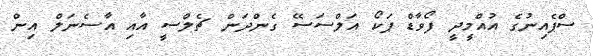
ސްޕެއިނުގެ އުއްމީދީ ފޯވާޑް ޕަކޯ އަލްސަސޭ ގެންދަން ޗެލްސީ އާއި އާސެނަލް އިން